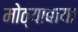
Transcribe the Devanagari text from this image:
मोठ्याबाया